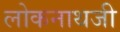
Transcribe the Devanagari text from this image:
लोकनाथजी